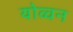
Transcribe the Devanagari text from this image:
योव्वन